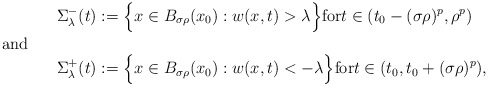
\begin{align*}\Sigma_\lambda^- (t)&:=\Big\{x \in B_{\sigma\rho}(x_0): w(x,t) >\lambda \Big\}\textrm{for}t\in(t_0-(\sigma \rho)^p,\rho^p)\shortintertext{and}\Sigma_\lambda^+ (t)&:=\Big\{x \in B_{\sigma\rho}(x_0): w(x,t) <-\lambda \Big\}\textrm{for}t\in(t_0,t_0+(\sigma \rho)^p),\end{align*}